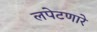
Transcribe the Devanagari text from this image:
लपेटणारे